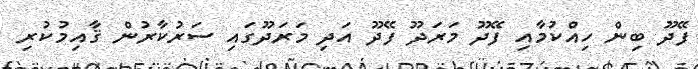
ފޭދޫ ބިން ހިއްކުމާއި ފޭދޫ މަރަދޫ ފޭދޫ އަދި މަރަދޫގައި ސަރުކާރުން ޤާއިމުކުރި